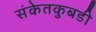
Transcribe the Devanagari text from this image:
संकेतकुबडी